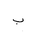
Letter: _ba